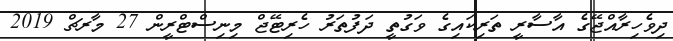
ދިވެހިރާއްޖޭގެ އާސާރީ ތަރިކައިގެ ވަގުތީ ދަފުތަރު ހެރިޓޭޖް މިނިސްޓްރީން 27 މާރޗް 2019